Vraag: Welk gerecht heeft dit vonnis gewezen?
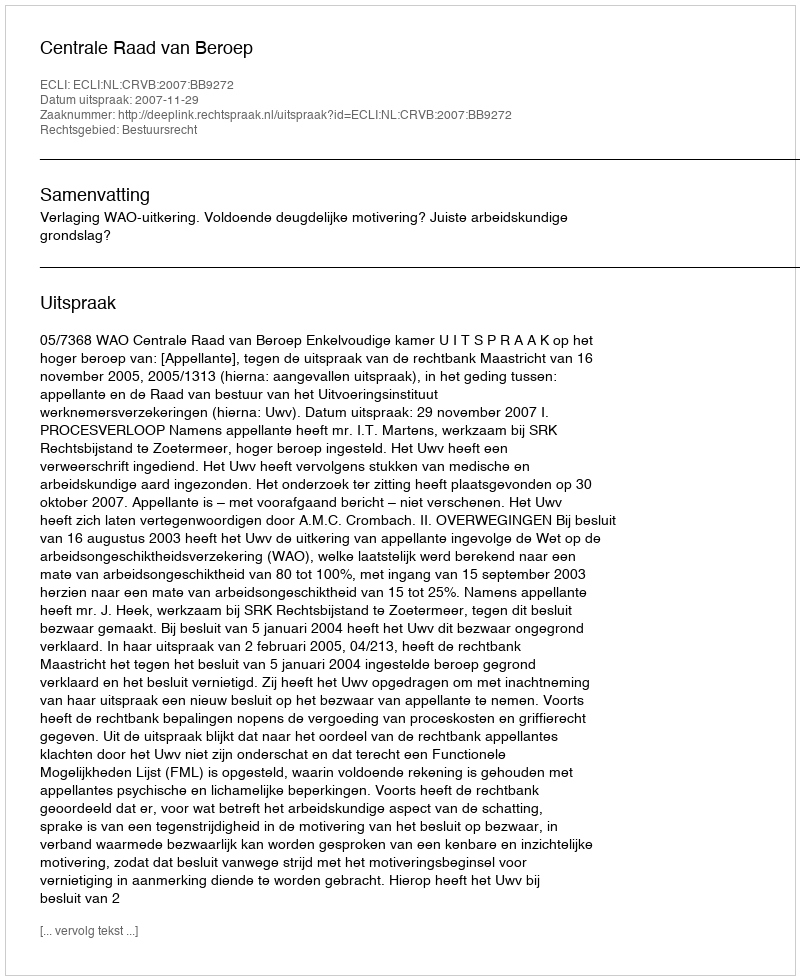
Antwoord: Centrale Raad van Beroep